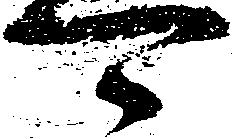
可